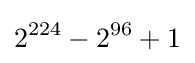
2^{224}-2^{96}+1